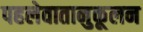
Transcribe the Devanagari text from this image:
पहलेवातानुकूलन